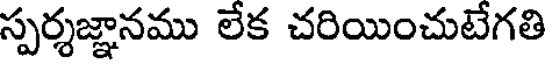
స్పర్శజ్ఞానము లేక చరియించుటేగతి